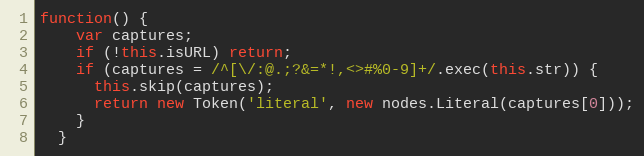
Language: JavaScript
function() {
    var captures;
    if (!this.isURL) return;
    if (captures = /^[\/:@.;?&=*!,<>#%0-9]+/.exec(this.str)) {
      this.skip(captures);
      return new Token('literal', new nodes.Literal(captures[0]));
    }
  }